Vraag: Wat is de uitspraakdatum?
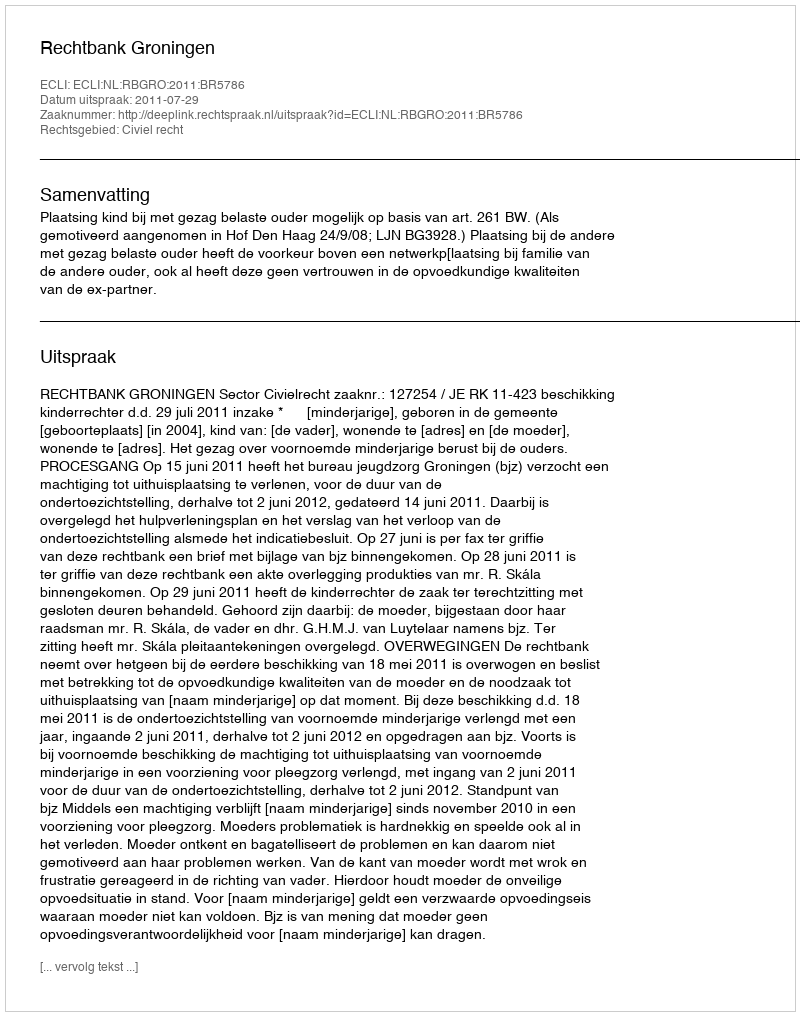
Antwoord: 2011-07-29